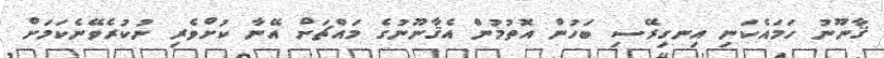
ޤާނޫނު ހަމައެކަނި އިނގިރޭސި ބަހުން އޮތުމުން އެޤާނޫނުގެ މައްޗަށް އޭނާ ކުށްވެރި ނުކުރެވޭނެކަމަށް